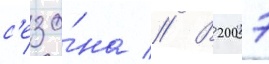
с'езо́на // В 2007